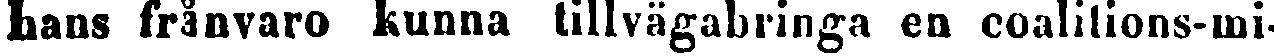
hans frånvaro kunna tillvägabringa en coalitions-mi-